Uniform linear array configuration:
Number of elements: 48
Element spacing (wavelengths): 1
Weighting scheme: hann
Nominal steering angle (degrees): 30
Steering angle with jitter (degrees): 28.677
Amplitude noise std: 0.05
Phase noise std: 0.05

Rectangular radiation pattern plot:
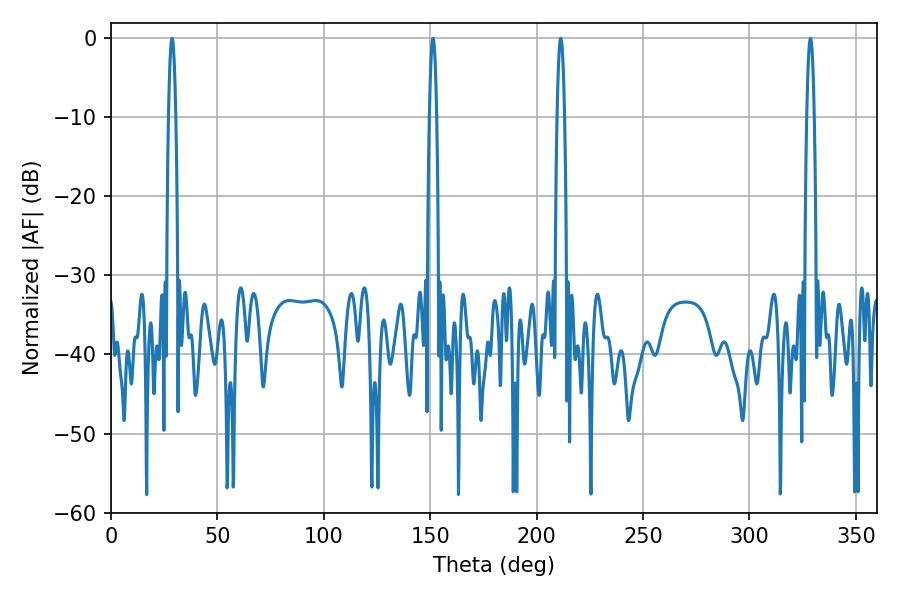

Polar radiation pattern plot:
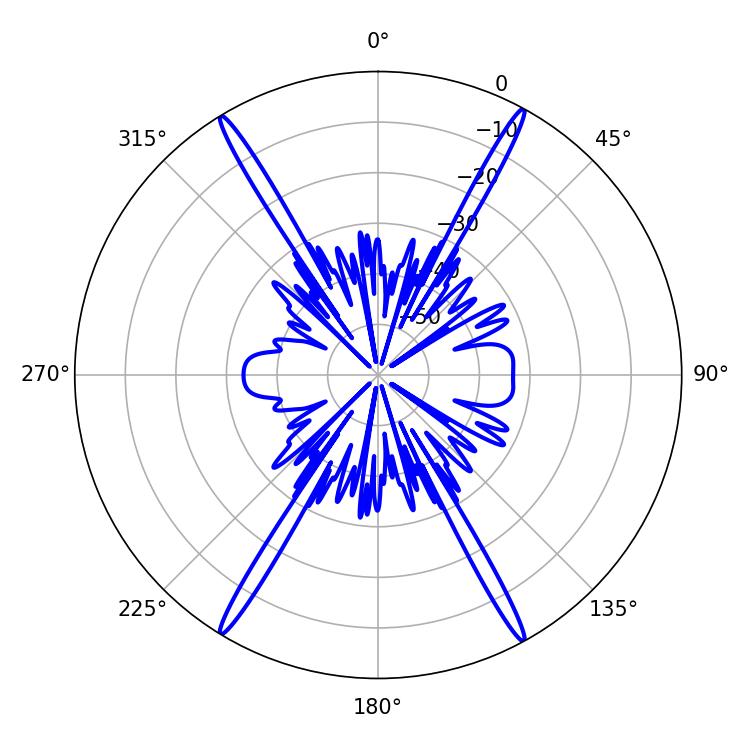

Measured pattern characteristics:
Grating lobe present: TRUE
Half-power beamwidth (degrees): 1.8
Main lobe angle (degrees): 328.68